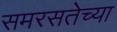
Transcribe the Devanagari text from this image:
समरसतेच्या